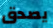
يصدق